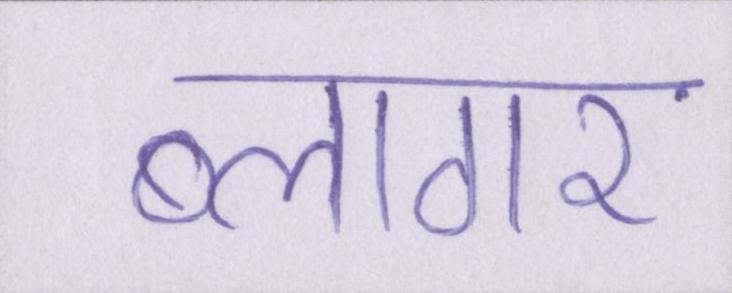
ब्लागर